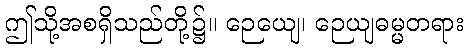
ဤသို့အစရှိသည်တို့၌။ ဉေယျေ၊ ဉေယျဓမ္မတရား